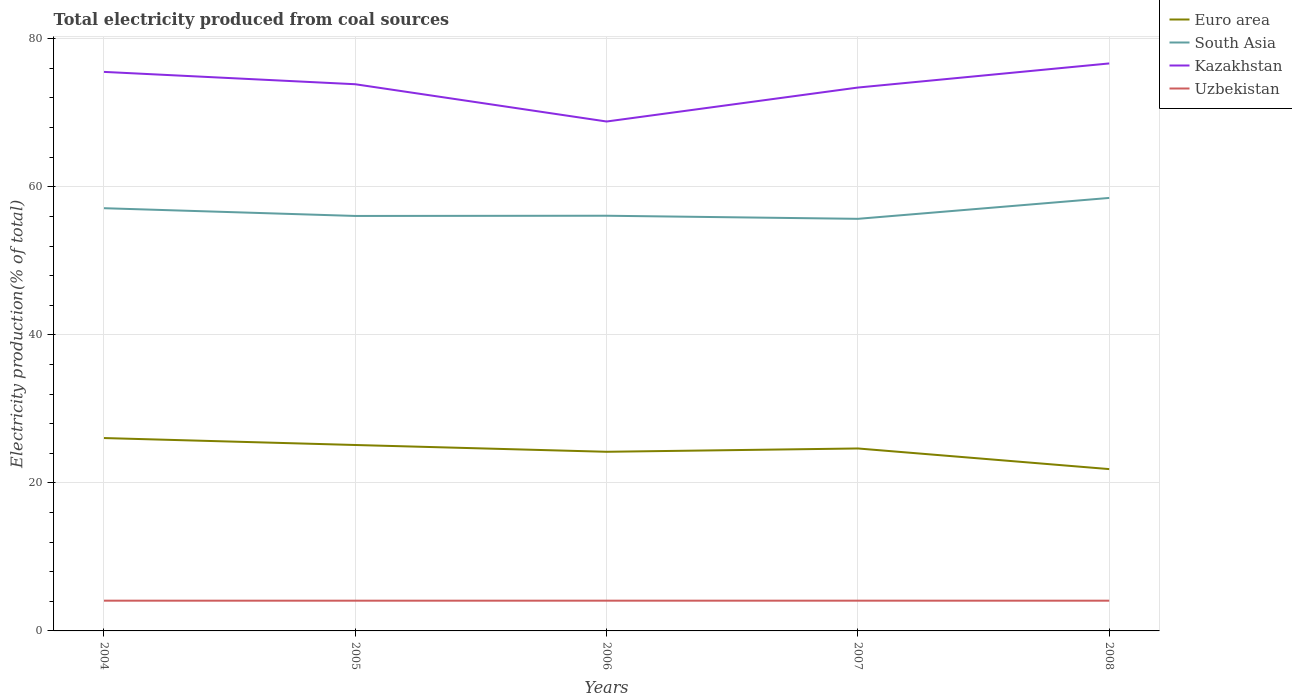
| Years | Euro area | South Asia | Kazakhstan | Uzbekistan |
 | --- | --- | --- | --- | --- |
 | 2004 | 26.1 | 57.1 | 75.5 | 4.09 |
 | 2005 | 25.1 | 56.1 | 73.9 | 4.08 |
 | 2006 | 24.2 | 56.1 | 68.8 | 4.09 |
 | 2007 | 24.6 | 55.7 | 73.4 | 4.09 |
 | 2008 | 21.9 | 58.5 | 76.7 | 4.09 |